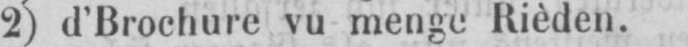
2) d’Brochure vu menge Rièden.